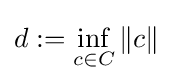
d:=\inf _{c\in C}\|c\|